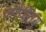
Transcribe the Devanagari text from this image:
कौक्तियु